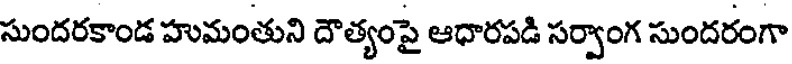
సుందరకాండ హుమంతుని దౌత్యంపై ఆధారపడి సర్వాంగ సుందరంగా